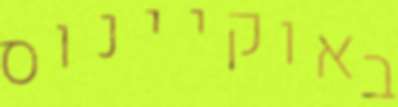
באוקיינוס